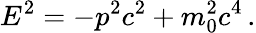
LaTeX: E^{2}=-p^{2}c^{2}+m_{0}^{2}c^{4}\, .